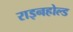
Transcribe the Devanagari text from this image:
राइनहोल्ड